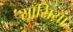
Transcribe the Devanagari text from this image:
साँसिया